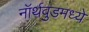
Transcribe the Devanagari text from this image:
नॉर्थवुडमध्ये